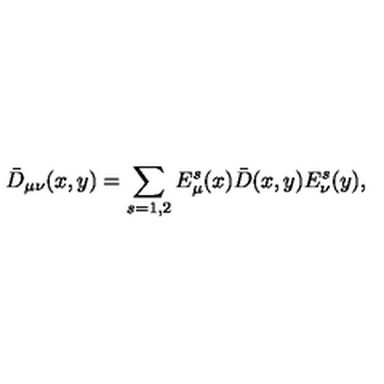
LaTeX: \bar { D } _ { \mu \nu } ( x , y ) = \sum _ { s = 1 , 2 } E _ { \mu } ^ { s } ( x ) \bar { D } ( x , y ) E _ { \nu } ^ { s } ( y ) ,